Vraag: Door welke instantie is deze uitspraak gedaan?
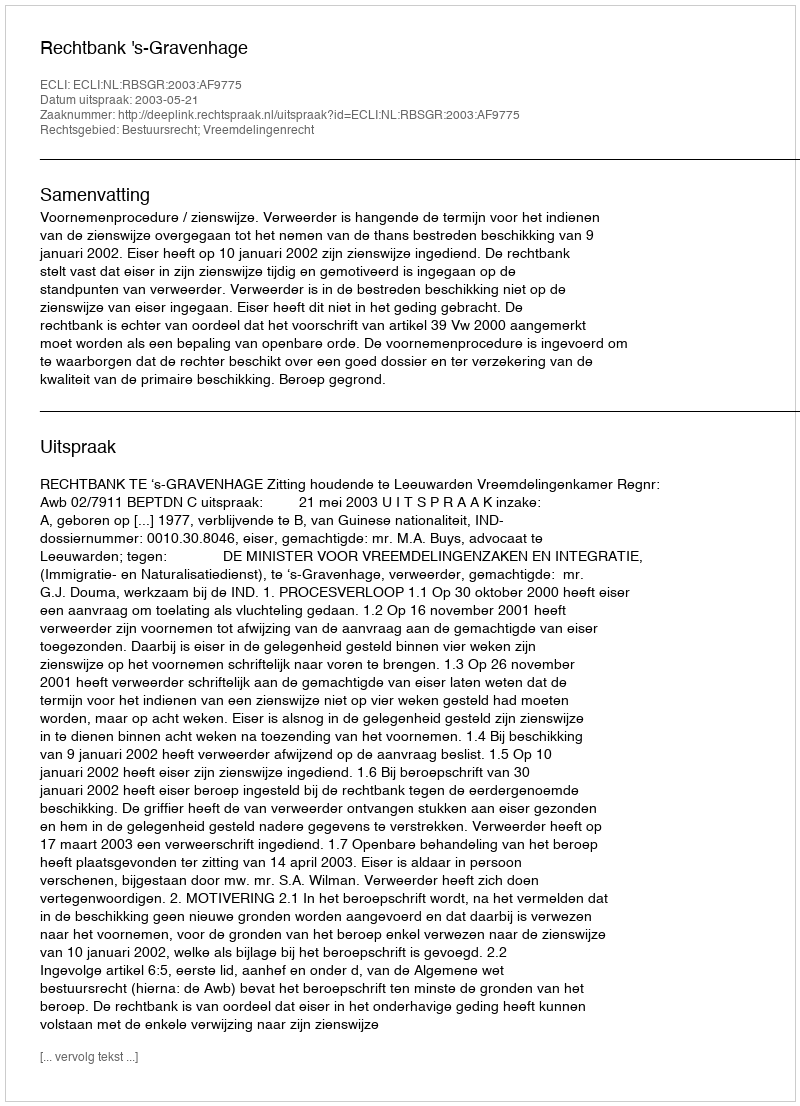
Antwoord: Rechtbank 's-Gravenhage